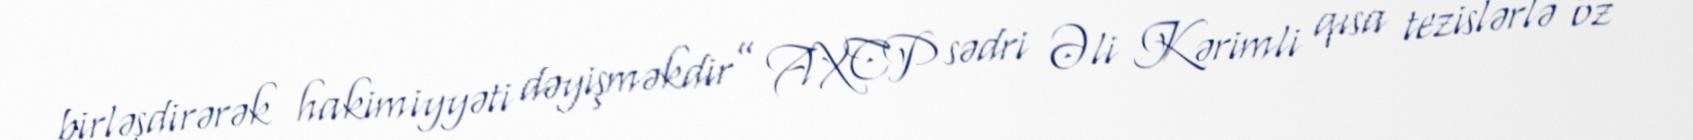
birləşdirərək hakimiyyəti dəyişməkdir” AXCP sədri Əli Kərimli qısa tezislərlə öz